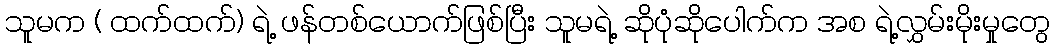
သူမက ( ထက်ထက်) ရဲ့ ဖန်တစ်ယောက်ဖြစ်ပြီး သူမရဲ့ ဆိုပုံဆိုပေါက်က အစ ရဲ့လွှမ်းမိုးမှုတွေ